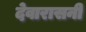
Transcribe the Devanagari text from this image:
देवारासनी